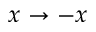
x \to - x